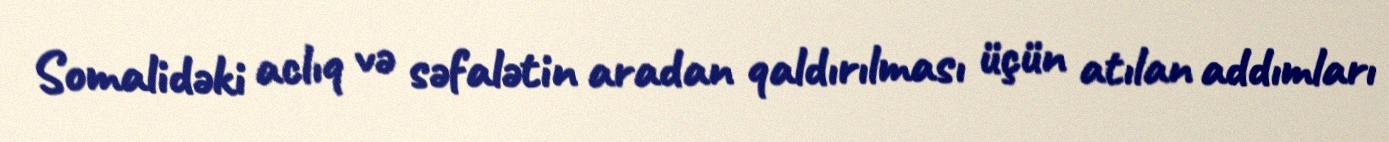
Somalidəki aclıq və səfalətin aradan qaldırılması üçün atılan addımları